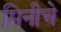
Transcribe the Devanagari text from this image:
मिनीचे